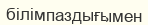
білімпаздығымен